Calcutta medical institutions reports 1871-78
Year: 1871
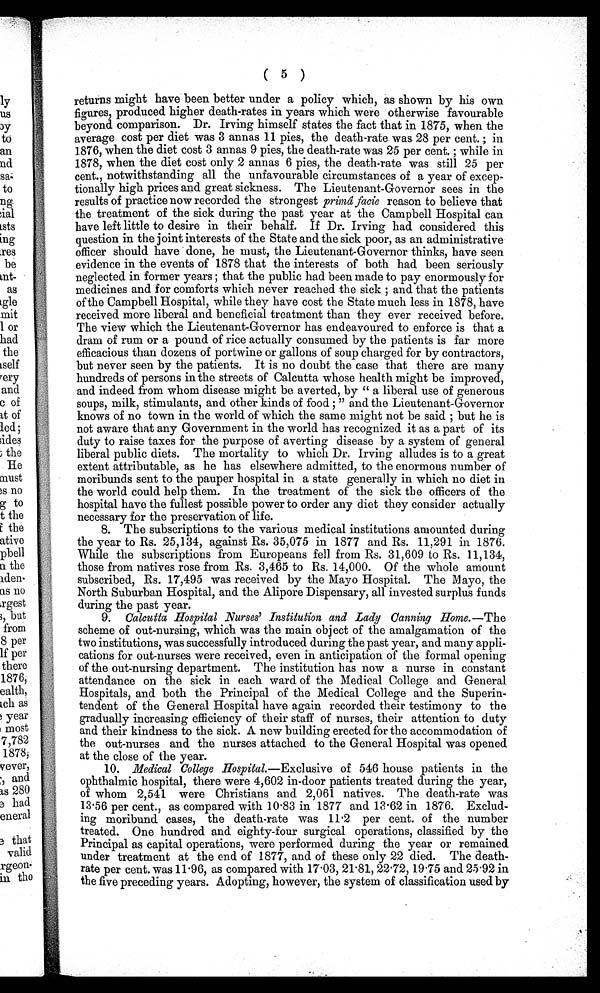
(5)
returns might have been better under a policy which, as shown by his own
figures, produced higher death-rates in years which were otherwise favourable
beyond comparison. Dr. Irving himself states the fact that in 1875, when the
average cost per diet was 3 annas 11 pies, the death-rate was 28 per cent.; in
1876, when the diet cost 3 annas 9 pies, the death-rate was 25 per cent.; while in
1878, when the diet cost only 2 annas 6 pies, the death-rate was still 25 per
cent., notwithstanding all the unfavourable circumstances of a year of excep
-tionally high prices and great sickness. The Lieutenant-Governor sees in the
results of practice now recorded the strongest primâ facie reason to believe that
the treatment of the sick during the past year at the Campbell Hospital can
have left little to desire in their behalf. If Dr. Irving had considered this
question in the joint interests of the State and the sick poor, as an administrative
officer should have done, he must, the Lieutenant-Governor thinks, have seen
evidence in the events of 1878 that the interests of both had been seriously
neglected in former years; that the public had been made to pay enormously for
medicines and for comforts which never reached the sick; and that the patients
of the Campbell Hospital, while they have cost the State much less in 1878, have
received more liberal and beneficial treatment than they ever received before.
The view which the Lieutenant-Governor has endeavoured to enforce is that a
dram of rum or a pound of rice actually consumed by the patients is far more
efficacious than dozens of portwine or gallons of soup charged for by contractors,
but never seen by the patients. It is no doubt the case that there are many
hundreds of persons in the streets of Calcutta whose health might be improved,
and indeed from whom disease might be averted, by "a liberal use of generous
soups, milk, stimulants, and other kinds of food;" and the Lieutenant-Governor
knows of no town in the world of which the same might not be said; but he is
not aware that any Government in the world has recognized it as a part of its
duty to raise taxes for the purpose of averting disease by a system of general
liberal public diets. The mortality to which Dr. Irving alludes is to a great
extent attributable, as he has elsewhere admitted, to the enormous number of
moribunds sent to the pauper hospital in a state generally in which no diet in
the world could help them. In the treatment of the sick the officers of the
hospital have the fullest possible power to order any diet they consider actually
necessary for the preservation of life.
8. The subscriptions to the various medical institutions amounted during
the year to Rs. 25,134, against Rs. 35,075 in 1877 and Rs. 11,291 in 1876.
While the subscriptions from Europeans fell from Rs. 31,609 to Rs. 11,134,
those from natives rose from Rs. 3,465 to Rs. 14,000. Of the whole amount
subscribed, Rs. 17,495 was received by the Mayo Hospital. The Mayo, the
North Suburban Hospital, and the Alipore Dispensary, all invested surplus funds
during the past year.
9. Calcutta Hospital Nurses' Institution and Lady Canning Home.—The
scheme of out-nursing, which was the main object of the amalgamation of the
two institutions, was successfully introduced during the past year, and many appli--
c a t i o n s f o r o u t - n u r s e s w e r e r e c e i v e d , e v e n i n a n t i c i p a t i o n o f t h e f o r m a l o p e n i n g
of the out-nursing department. The institution has now a nurse in constant
attendance on the sick in each ward of the Medical College and General
Hospitals, and both the Principal of the Medical College and the Superin
- t e n d e n t o f t h e G e n e r a l H o s p i t a l h a v e a g a i n r e c o r d e d t h e i r t e s t i m o n y t o t h e
gradually increasing efficiency of their staff of nurses, their attention to duty
and their kindness to the sick. A new building erected for the accommodation of
the out-nurses and the nurses attached to the General Hospital was opened
at the close of the year.
10. Medical College Hospital.—Exclusive of 546 house patients in the
ophthalmic hospital, there were 4,602 in-door patients treated during the year,
of whom 2,541 were Christians and 2,061 natives. The death-rate was
13.56 per cent., as compared with 10.83 in 1877 and 13.62 in 1876. Exclud
- i n g m o r i b u n d c a s e s , t h e d e a t h - r a t e w a s 1 1 . 2 p e r c e n t . o f t h e n u m b e r
treated. One hundred and eighty-four surgical operations, classified by the
Principal as capital operations, were performed during the year or remained
under treatment at the end of 1877, and of these only 22 died. The death
- r a t e p e r c e n t . w a s 1 1 . 9 6 , a s c o m p a r e d w i t h 1 7 . 0 3 , 2 1 . 8 1 , 2 2 . 7 2 , 1 9 . 7 5 a n d 2 5 . 9 2 i n
the five preceding years. Adopting, however, the system of classification used by